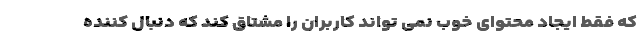
که فقط ایجاد محتوای خوب نمی تواند کاربران را مشتاق کند که دنبال کننده